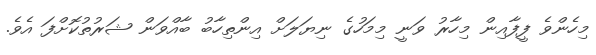
މިހެންވެ ފީފާއިން މިހާރު ވަނީ މިމަހުގެ ނިޔަލަށް އިންތިހާބު ބާއްވަން ޝަރުތުކޮށްފަ އެވެ.